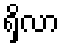
ရှိလာ